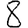
Digit: 8